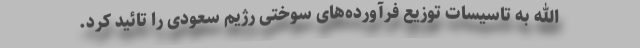
الله به تاسیسات توزیع فرآورده‌های سوختی رژیم سعودی را تائید کرد.